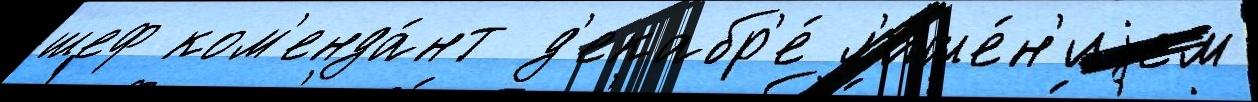
шеф ком'енда́нт д'екабр'е́ л'ише́н'иjем